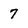
Character: 7